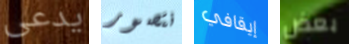
يدعى نتصور إيقافي بعض